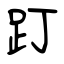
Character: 䟓